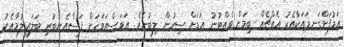
އަޑުފަށްގަނޑައަކާއެކު އެއްޗެއް ބިމަށް ވެއްޓުނު އަޑަށް ސިހުން ލިބުނެވެ. އަވަސްއަވަހަށް ފަސްއެނބުރި ބަލައިލުމާއެކު